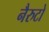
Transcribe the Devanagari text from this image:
नैरुटो